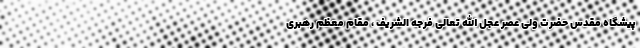
پیشگاه مقدس حضرت ولی عصر عجل الله تعالی فرجه الشریف ، مقام معظم رهبری